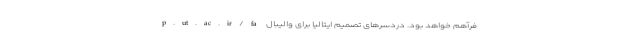
p.ut.ac.ir/fa فرآهم خواهد بود. دردسرهای تصمیم ایتالیا برای والیبال